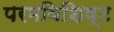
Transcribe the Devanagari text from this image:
परमविशिष्ट